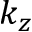
k _ { z }